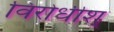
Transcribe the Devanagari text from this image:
विरोधीश्